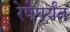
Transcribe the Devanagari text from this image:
रेषेपर्यंत